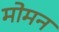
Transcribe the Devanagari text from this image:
मोमन